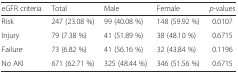
| eGFR criteria | Total | Male | Female | p-values |
 | --- | --- | --- | --- | --- |
 | Risk | 247 (23.08 %) | 99 (40.08 %) | 148 (59.92 %) | 0.0107 |
 | Injury | 79 (7.38 %) | 41 (51.89 %) | 38 (48.10 %) | 0.6715 |
 | Failure | 73 (6.82 %) | 41 (56.16 %) | 32 (43.84 %) | 0.1196 |
 | No AKI | 671 (62.71 %) | 325 (48.44 %) | 346 (51.56 %) | 0.6715 |